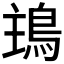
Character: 𩿢